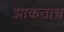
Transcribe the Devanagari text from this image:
झाकताच